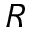
R